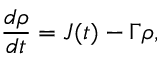
\frac { d \rho } { d t } = J ( t ) - \Gamma \rho ,